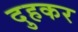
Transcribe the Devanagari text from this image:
दुहकर